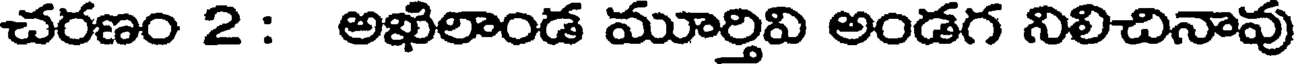
చరణం 2 : అఖిలాండ మూర్తివి అండగ నిలిచినావు